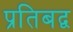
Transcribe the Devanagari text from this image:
प्रतिबद्व